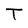
Character: T